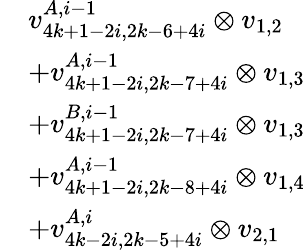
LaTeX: \begin{array}{rl}&{v_{4k+1-2i,2k-6+4i}^{A,i-1}\otimes v_{1,2}}\\ &{+v_{4k+1-2i,2k-7+4i}^{A,i-1}\otimes v_{1,3}}\\ &{+v_{4k+1-2i,2k-7+4i}^{B,i-1}\otimes v_{1,3}}\\ &{+v_{4k+1-2i,2k-8+4i}^{A,i-1}\otimes v_{1,4}}\\ &{+v_{4k-2i,2k-5+4i}^{A,i}\otimes v_{2,1}}\end{array}